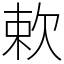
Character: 欶